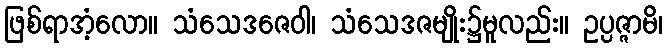
ဖြစ်ရာအံ့လော။ သံသေဒဇေဝါ၊ သံသေဒဇမျိုး၌မူလည်း။ ဥပ္ပဇ္ဇာမိ၊